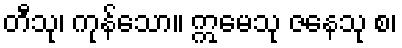
တီသု၊ ကုန်သော။ ဣမေသု ဇနေသု စ၊